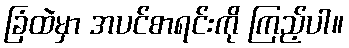
ခြံထဲမှာ အပင်စာရင်းကို ကြည့်ပါ။